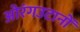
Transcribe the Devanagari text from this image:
ओरंगउटानों